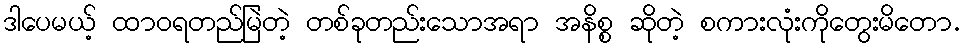
ဒါပေမယ့် ထာဝရတည်မြဲတဲ့ တစ်ခုတည်းသောအရာ အနိစ္စ ဆိုတဲ့ စကားလုံးကိုတွေးမိတော.